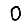
Digit: 0